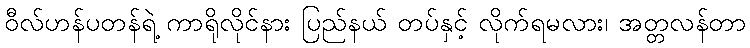
ဝီလ်ဟန်ပတန်ရဲ့ ကာရိုလိုင်နား ပြည်နယ် တပ်နှင့် လိုက်ရမလား၊ အတ္တလန်တာ